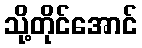
သို့တိုင်အောင်